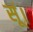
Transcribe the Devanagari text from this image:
सूं।